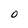
Character: O